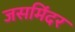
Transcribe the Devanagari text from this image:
जसमिंदर